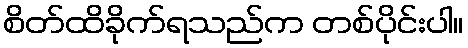
စိတ်ထိခိုက်ရသည်က တစ်ပိုင်းပါ။